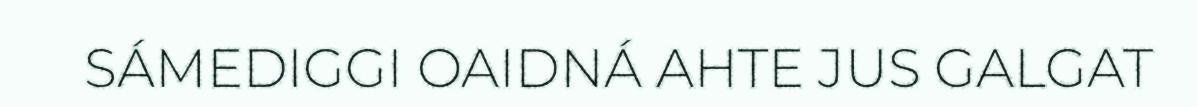
SÁMEDIGGI OAIDNÁ AHTE JUS GALGAT